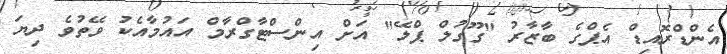
އެންޑްރޮއިޑް އެޕްގެ ބާޒާރު "ގޫގުލް ޕްލޭ" އަށް އިންސްޓާގްރާމް އައުމާއެކު ވޭތުވެ ދިޔަ